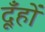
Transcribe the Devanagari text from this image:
दूँहों